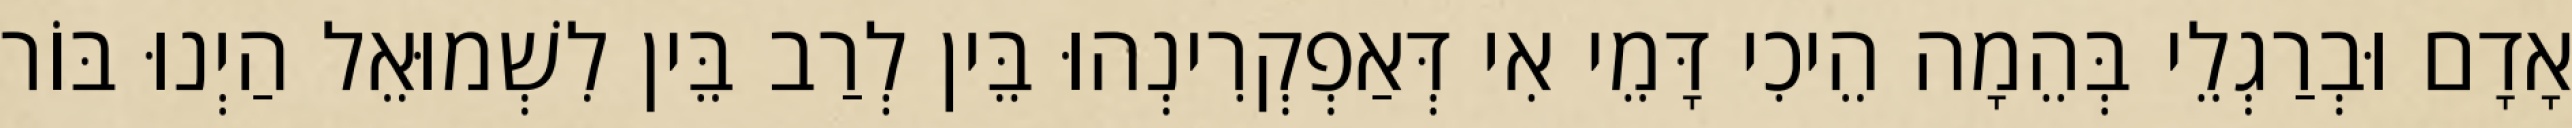
אָדָם וּבְרַגְלֵי בְּהֵמָה הֵיכִי דָּמֵי אִי דְּאַפְקְרִינְהוּ בֵּין לְרַב בֵּין לִשְׁמוּאֵל הַיְנוּ בּוֹר